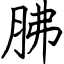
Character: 胇